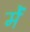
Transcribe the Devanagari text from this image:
र्में